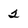
Character: 2